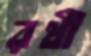
রথী